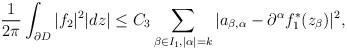
LaTeX: \begin{align*}\frac{1}{2\pi}\int_{\partial D}|f_2|^2|dz|\le C_3\sum_{\beta\in I_1,|\alpha|=k}|a_{\beta,\alpha}-\partial^{\alpha} f_1^{*}(z_{\beta})|^2,\end{align*}